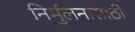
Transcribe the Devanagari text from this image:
निर्मुलनासाठी